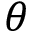
\theta